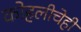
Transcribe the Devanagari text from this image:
कोहलीचेही